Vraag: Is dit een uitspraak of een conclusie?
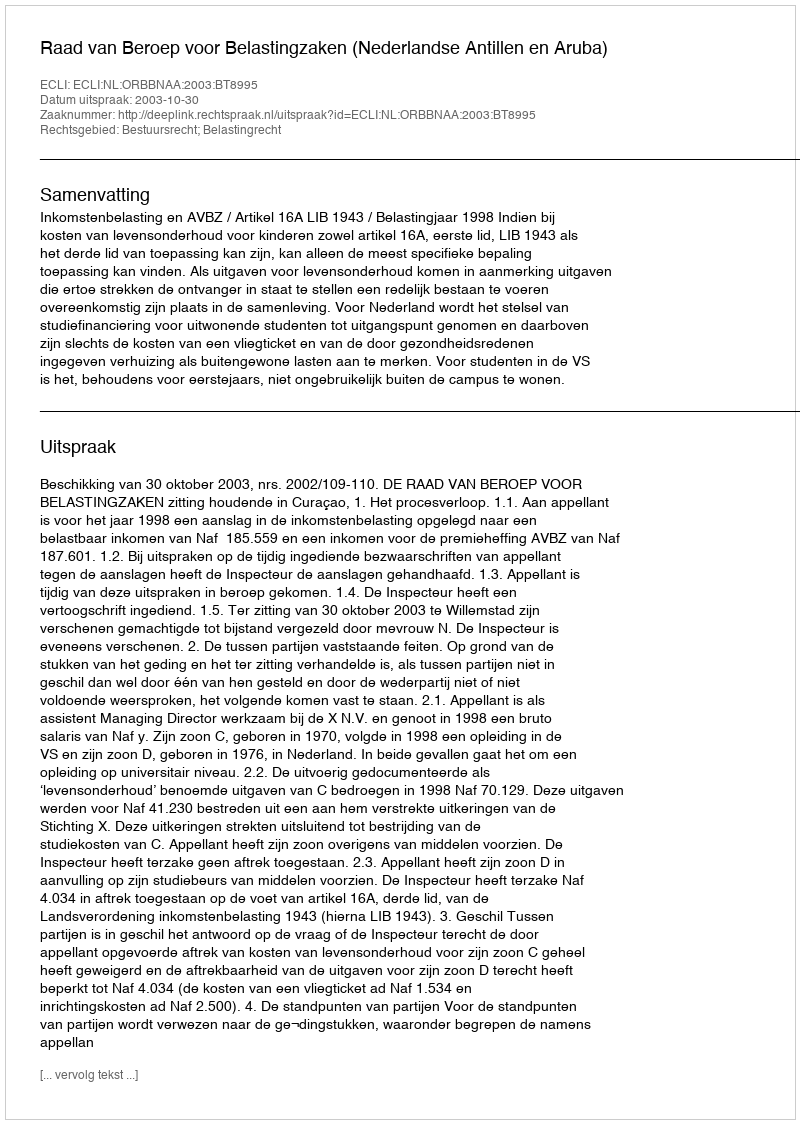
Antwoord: Uitspraak